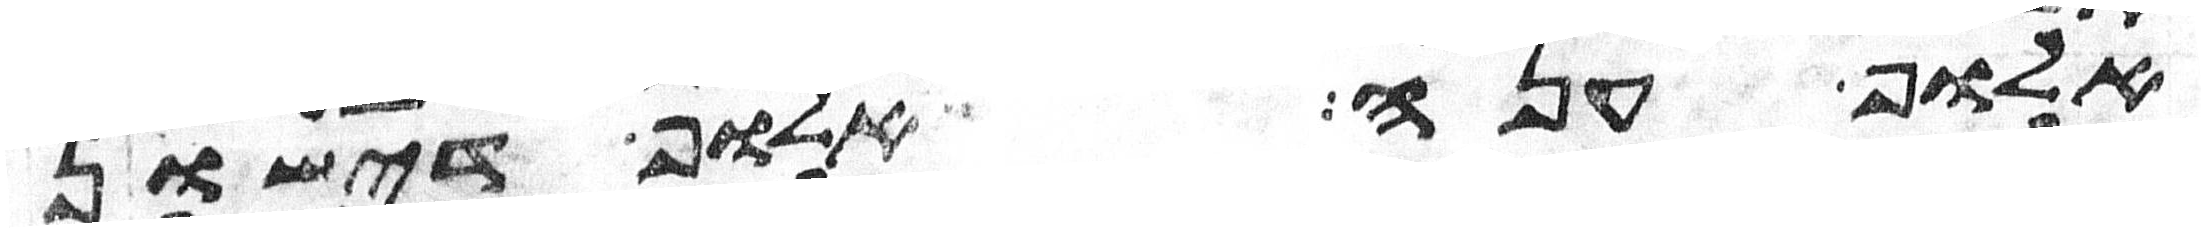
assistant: אלוף ענה אלוף דישון